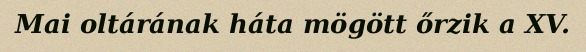
Mai oltárának háta mögött őrzik a XV.